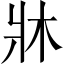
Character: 牀